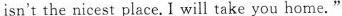
isn't the nicest place. I will take you home."